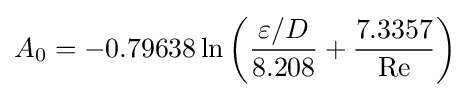
A_{0}=-0.79638\ln \left({\frac {\varepsilon /D}{8.208}}+{\frac {7.3357}{\mathrm {Re} }}\right)